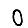
Digit: 0